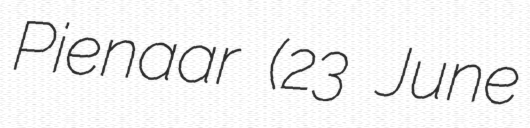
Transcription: Pienaar (23 June